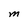
Character: M